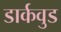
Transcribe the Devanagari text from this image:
डार्कवुड